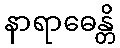
နာရာဓေန္တိ